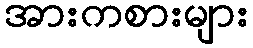
အားကစားများ